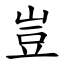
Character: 豈